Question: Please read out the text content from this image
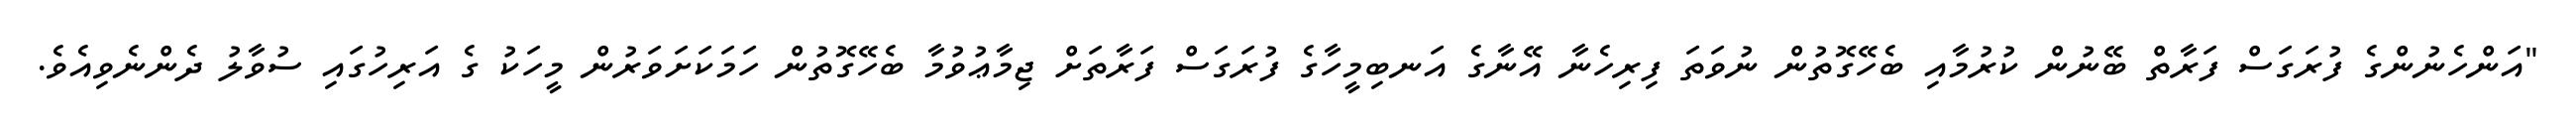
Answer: "އަންހެނުންގެ ފުރަގަސް ފަރާތް ބޭނުން ކުރުމާއި ބެހޭގޮތުން ނުވަތަ ފިރިހެނާ އޭނާގެ އަނބިމީހާގެ ފުރަގަސް ފަރާތަށް ޖިމާޢުވުމާ ބެހޭގޮތުން ހަމަކަށަވަރުން މީހަކު ގެ އަރިހުގައި ސުވާލު ދެންނެވިއެވެ.